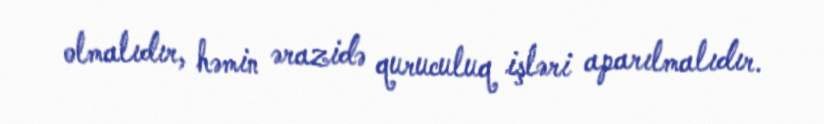
olmalıdır, həmin ərazidə quruculuq işləri aparılmalıdır.